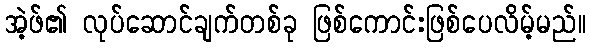
အဲ့ဖ်၏ လုပ်ဆောင်ချက်တစ်ခု ဖြစ်ကောင်းဖြစ်ပေလိမ့်မည်။